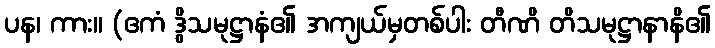
ပန၊ ကား။ (ဧကံ ဒွိသမုဋ္ဌာနံ၏ အကျယ်မှတစ်ပါး တီဏိ တိသမုဋ္ဌာနာနိ၏